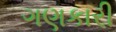
ગણકારી